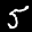
Label: 5